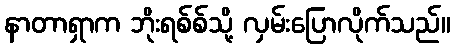
နာတာရှာက ဘိုးရစ်စ်သို့ လှမ်းပြောလိုက်သည်။